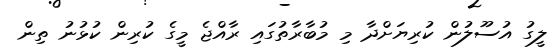
ލީގު އުސޫލުން ކުރިޔަށްދާ މި މުބާރާތުގައި ރާއްޖެ މީގެ ކުރިން ކުޅުނު ތިން